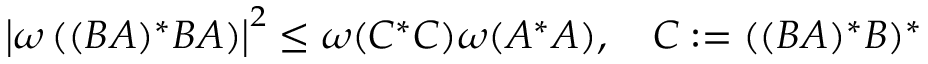
\left| \omega \left( ( B A ) ^ { * } B A \right) \right| ^ { 2 } \leq \omega ( C ^ { * } C ) \omega ( A ^ { * } A ) , \quad C : = ( ( B A ) ^ { * } B ) ^ { * }